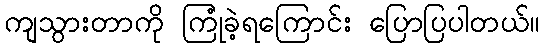
ကျသွားတာကို ကြုံခဲ့ရကြောင်း ပြောပြပါတယ်။